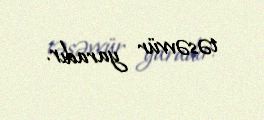
təsəvvür yaradır.